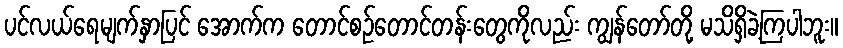
ပင်လယ်ရေမျက်နှာပြင် အောက်က တောင်စဉ်တောင်တန်းတွေကိုလည်း ကျွန်တော်တို့ မသိရှိခဲ့ကြပါဘူး။